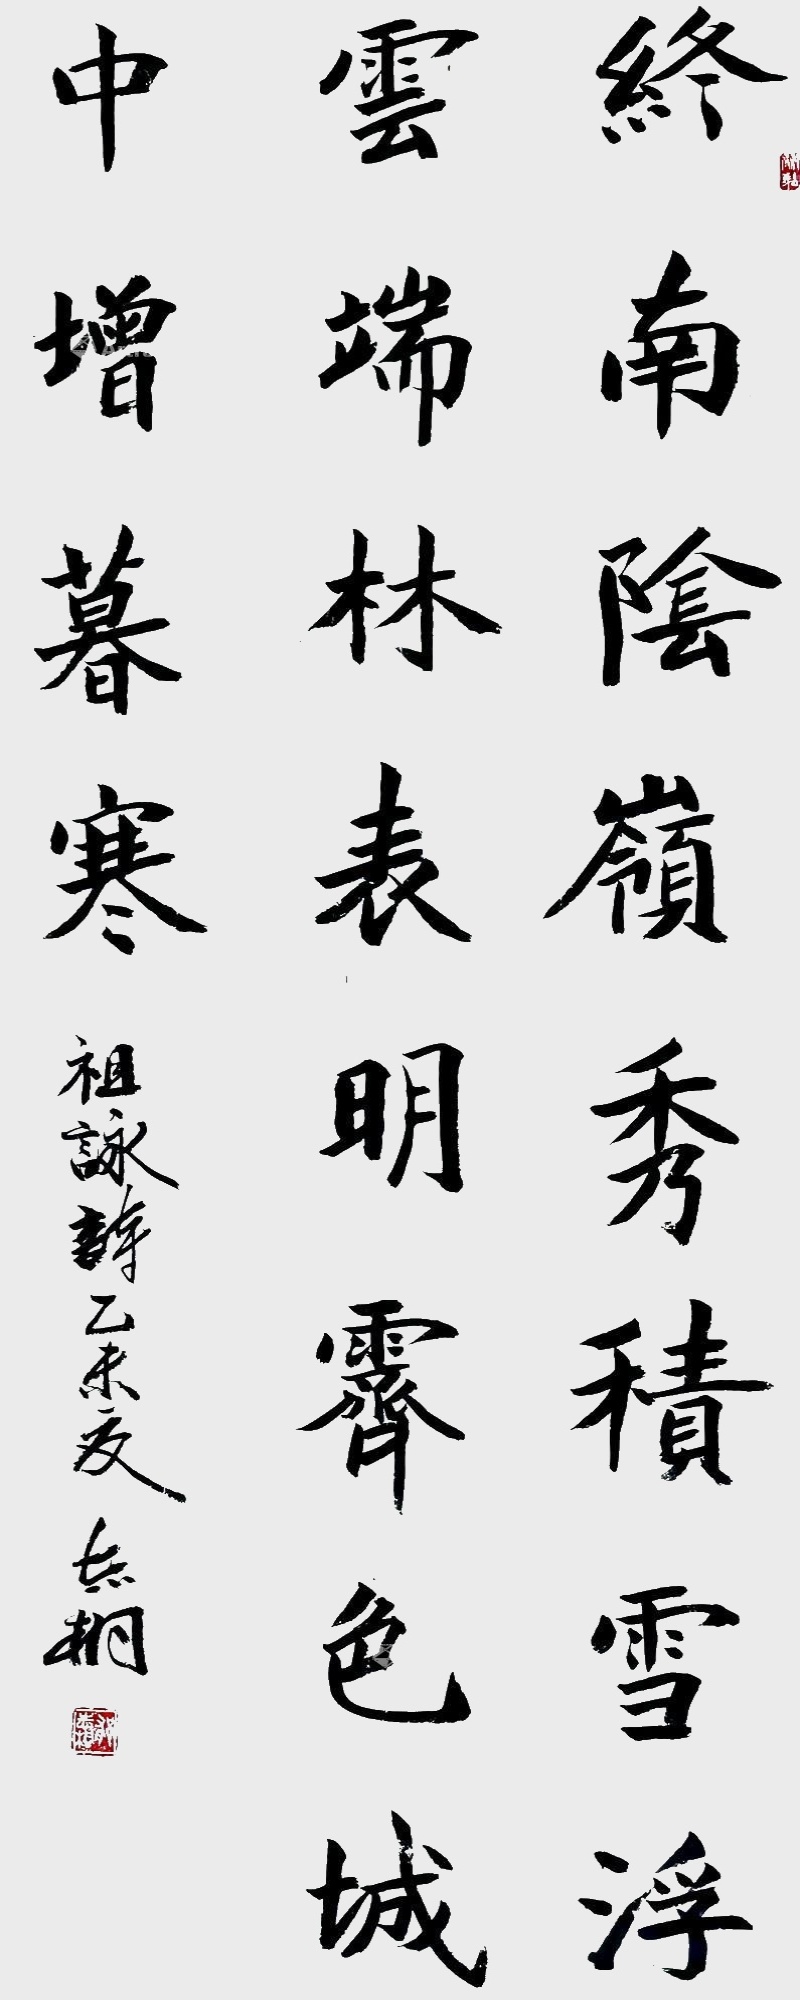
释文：终南阴岭秀，积雪浮云端。林表明霁色，城中增暮寒。郁志桐2015年作